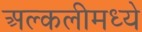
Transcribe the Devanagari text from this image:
अल्कलीमध्ये